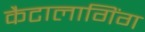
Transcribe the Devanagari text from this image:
कैटालागिंग